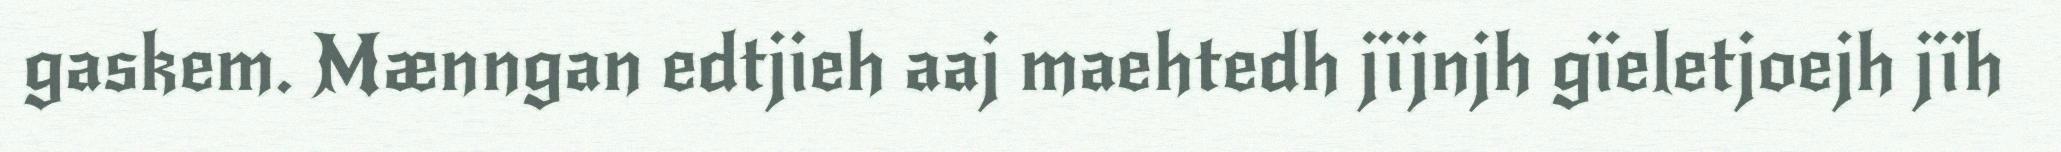
gaskem. Mænngan edtjieh aaj maehtedh jïjnjh gïeletjoejh jïh